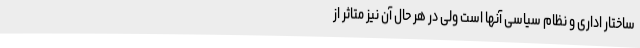
ساختار اداری و نظام سیاسی آنها است ولی در هر حال آن نیز متاثر از